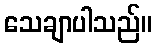
သေချာပါသည်။